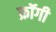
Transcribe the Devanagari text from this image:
फ्रॉगी